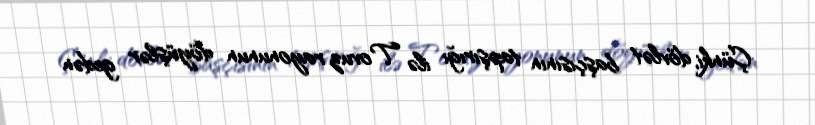
Çünki, dövlət başçısının tapşırığı ilə Tovuz rayonunun döyüşlər gedən